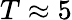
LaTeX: T\approx 5